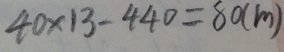
4 0 \times 1 3 - 4 4 0 = 8 0 ( m )